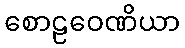
စောဠဝေဏိယာ